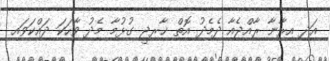
އަދި އިރާނާ ރާއްޖެއާ ދެމެދު އޮތް ޚާރިޖީ ގުޅުމާ މެދު ވާހަކަ ދައްކަވައި